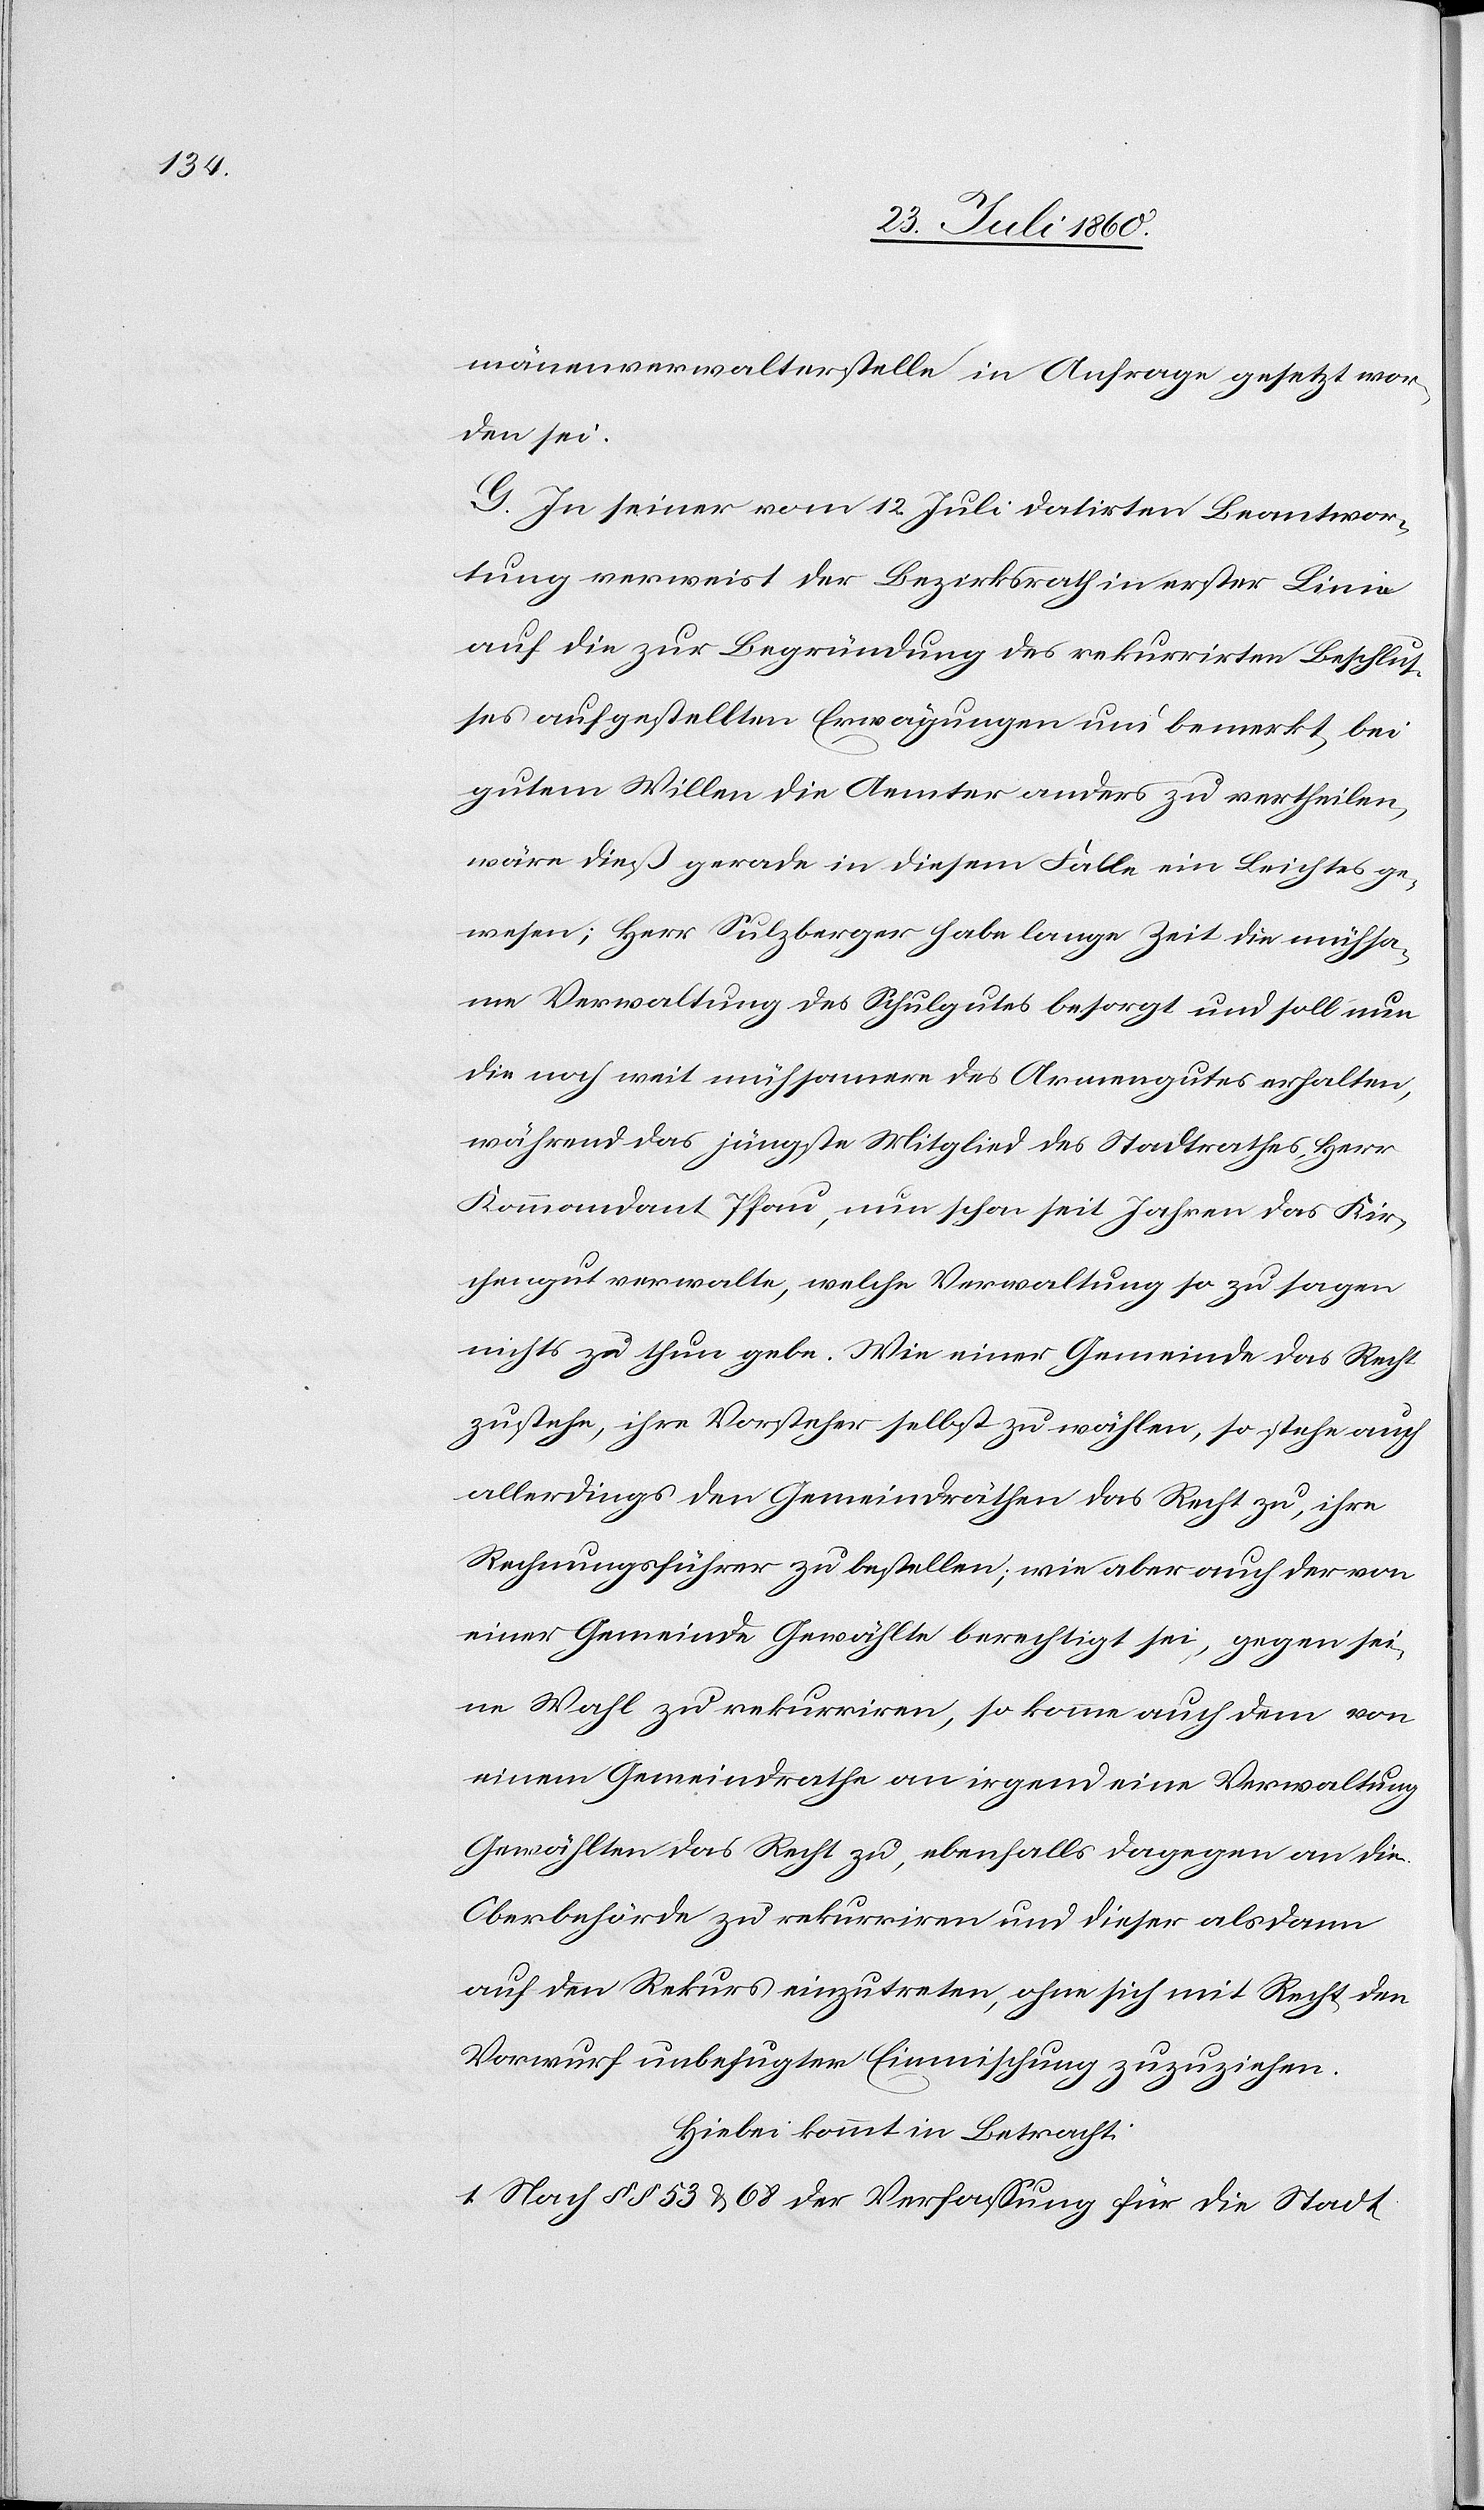
mainenverwalterstelle in Anfrage gesetzt wor¬
den sei.
G. In seiner vom 12. Juli datirten Beantwor¬
tung verweist der Bezirksrath in erster Linie
auf die zur Begründung des rekurrirten Beschlus¬
ses aufgestellten Erwägungen und bemerkt, bei
gutem Willen die Aemter anders zu vertheilen,
wäre diess gerade in diesem Fall ein Leichtes ge¬
wesen; Herr Sulzberger habe lange Zeit die mühsa¬
me Verwaltung des Schulgutes besorgt u. soll nun
die noch weit mühsamere des Armengutes erhalten,
während das jüngste Mitglied des Stadtrathes Herr
Kommandant Pfau, nun schon seit Jahren das Kir¬
chengut verwalte, welche Verwaltung sozusagen
nichts zu thun gebe. Wie einer Gemeinde das Recht
zustehe, ihre Vorsteher selbst zu wählen, so stehe auch
allerdings den Gemeindräthen das Recht zu, ihre
Rechnungsführer zu bestellen; wie aber auch der von
einer Gemeinde Gewählte berechtigt sei, gegen sei¬
ne Wahl zu rekurriren, so komme auch dem von
einem Gemeindrathe an irgend eine Verwaltung
Gewählten das Recht zu, ebenfalls dagegen an die
Oberbehörde zu rekurriren und dieser alsdann
auf den Rekurs einzutreten, ohne sich mit Recht den
Vorwurf unbefugter Einmischung zuzuziehen.
Hiebei kömmt in Betracht:
1. Nach §§. 53 u. 68 der Verfassung für die Stadt